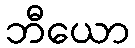
ဘီယော